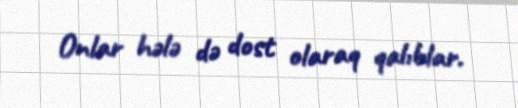
Onlar hələ də dost olaraq qalıblar.